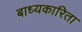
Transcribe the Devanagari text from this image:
बाध्यकारिता